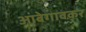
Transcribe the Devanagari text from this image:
आंबेगावकर